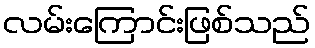
လမ်းကြောင်းဖြစ်သည်